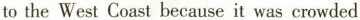
to the West Coast because it was crowded